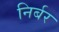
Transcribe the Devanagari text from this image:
निर्बर